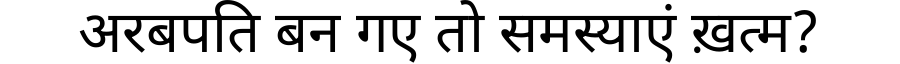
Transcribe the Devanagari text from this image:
अरबपति बन गए तो समस्याएं ख़त्म?